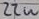
Text: 22u